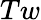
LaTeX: Tw